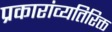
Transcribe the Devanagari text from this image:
प्रकारांव्यतिरिक्त